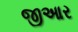
જીઆર